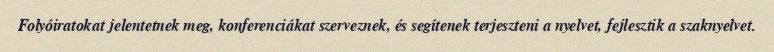
Folyóiratokat jelentetnek meg, konferenciákat szerveznek, és segítenek terjeszteni a nyelvet, fejlesztik a szaknyelvet.